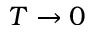
T \to 0